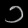
Digit: ၁